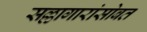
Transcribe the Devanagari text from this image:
सल्लागारांसोबत